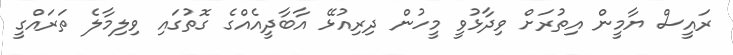
ރައީސް ޔާމީން އިތުރަށް ވިދާޅުވީ މީހުން ދިރިއުޅޭ އާބާދީއެއްގެ ގޮތުގައި ވިލިމާލެ ތަރައްގީ